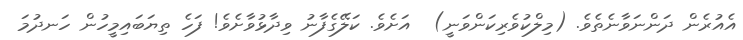
އެއުރެން ދަންނަވާނެތެވެ. (މިލްކުވެރިކަންވަނީ)  އަށެވެ. ކަލޭގެފާނު ވިދާޅުވާށެވެ! ފަހެ ތިޔަބައިމީހުން ހަނދުމަ